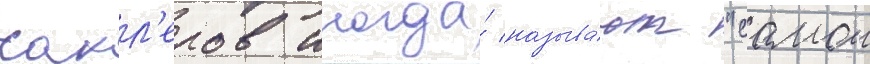
сакл'еров иногда́ называ́ют "самои